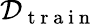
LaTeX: \mathcal{D}_{\mathrm{~t~r~a~i~n~}}